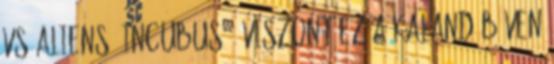
vs Aliens: Incubus , viszont ez a kaland bőven